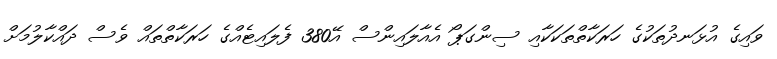
ވައިގެ އުޅަނދުތަކުގެ ހަރަކާތްތަކަކާއި ސިންގަޕޯ އެއާލައިންސް އޭ380 ފެލައިޓެއްގެ ހަރަކާތްތައް ވެސް ދައްކާލުމަށް